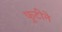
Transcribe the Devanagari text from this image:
फुटीने